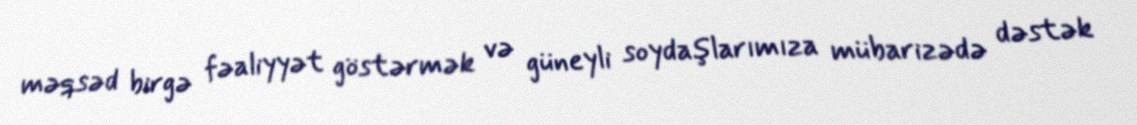
məqsəd birgə fəaliyyət göstərmək və güneyli soydaşlarımıza mübarizədə dəstək